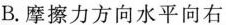
B.摩擦力方向水平向右